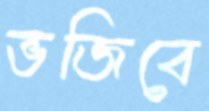
ভজিবে